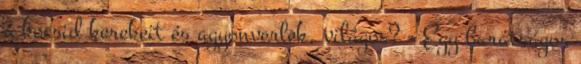
a kocsid kerekeit és agyonverlek, világos? - Egy barátságos